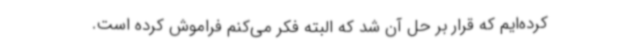
کرده‌ایم که قرار بر حل آن شد که البته فکر می‌کنم فراموش کرده است.